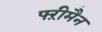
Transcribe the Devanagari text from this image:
फ्ऱीमैन